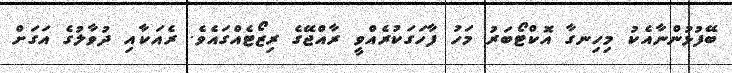
ބޭފުޅުންނާއެކު މިހިނގާ އޮކްޓޯބަރު މަހު ފާހަގަކުރެއްވީ ރާއްޖޭގެ ރިޒޯޓެއްގައެވެ. ރެއަކާއި ދުވާލުގެ އަގަށް